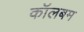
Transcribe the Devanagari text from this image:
कॉलबम